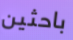
باحثين